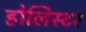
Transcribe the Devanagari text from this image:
होलिस्टर